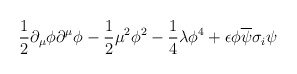
\begin{align*}\frac{1}{2} \partial _\mu \phi \partial ^\mu \phi-\frac{1}{2} \mu ^2 \phi ^2 - \frac{1}{4} \lambda \phi ^4+ \epsilon \phi \overline{\psi} \sigma _i \psi\end{align*}